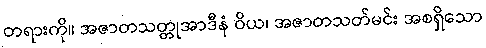
တရားကို။ အဇာတသတ္တုအာဒီနံ ဝိယ၊ အဇာတသတ်မင်း အစရှိသော